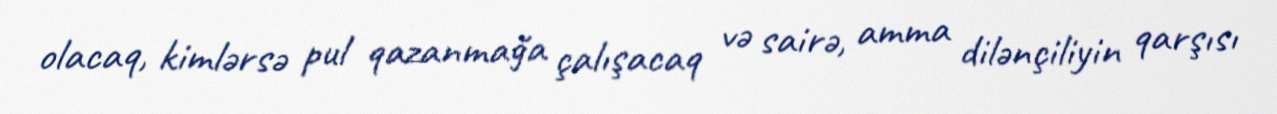
olacaq, kimlərsə pul qazanmağa çalışacaq və sairə, amma dilənçiliyin qarşısı